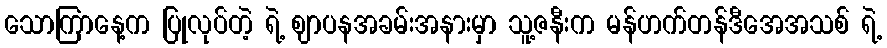
သောကြာနေ့က ပြုလုပ်တဲ့ ရဲ့ ဈာပနအခမ်းအနားမှာ သူ့ဇနီးက မန်ဟက်တန်ဒီအေအသစ် ရဲ့